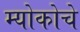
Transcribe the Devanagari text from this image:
म्योकोचे